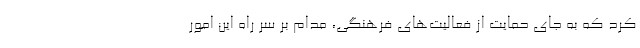
کرد که به جای حمایت از فعالیت‌های فرهنگی، مدام بر سر راه این امور